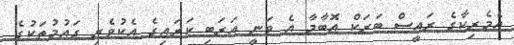
އެމެރިކާގެ ރައީސް ބަރަކް އޮބާމާ އެ ވަނީ އަރަބި ކަރައިގެ އެކުވެރި ގައުމުތަކުގެ